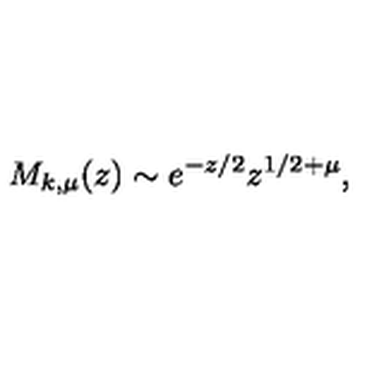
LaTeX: M _ { k , \mu } ( z ) \sim e ^ { - z / 2 } z ^ { 1 / 2 + \mu } ,